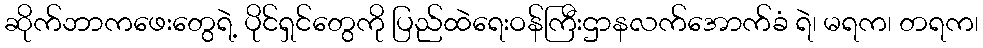
ဆိုက်ဘာကဖေးတွေရဲ့ ပိုင်ရှင်တွေကို ပြည်ထဲရေးဝန်ကြီးဌာနလက်အောက်ခံ ရဲ၊ မရက၊ တရက၊